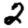
Digit: 2